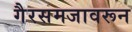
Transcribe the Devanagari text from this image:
गैरसमजावरून